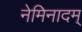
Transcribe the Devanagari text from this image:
नेमिनादम्